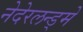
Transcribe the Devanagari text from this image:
नेदेरलन्ड्मे